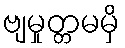
ဗျမှုတ္တမမှိ